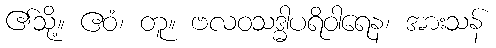
၏သို့။ ဧဝံ၊ တူ။ ဗလဝသဒ္ဓါပရိဝါရေန၊ အားသန်